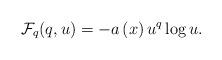
LaTeX: \begin{align*}\mathcal{F}_{q}(q,u)=-a\left( x\right) u^{q}\log u. \end{align*}